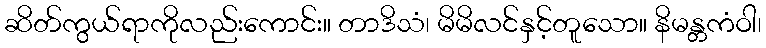
ဆိတ်ကွယ်ရာကိုလည်းကောင်း။ တာဒိသံ၊ မိမိလင်နှင့်တူသော။ နိမန္တကံဝါ၊